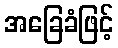
အခြေခံဖြင့်